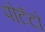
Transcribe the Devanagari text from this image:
पोटॅटो